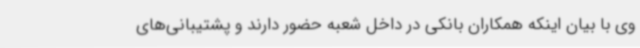
وی با بیان اینکه همکاران بانکی در داخل شعبه حضور دارند و پشتیبانی‌های